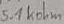
Text: 5.1kohm